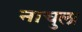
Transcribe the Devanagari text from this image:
नाचुला